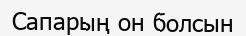
Сапарың он болсын